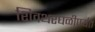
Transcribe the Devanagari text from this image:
शिवथरघळीपर्यंत